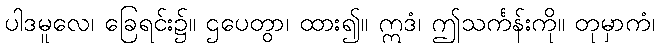
ပါဒမူလေ၊ ခြေရင်း၌။ ဌပေတွာ၊ ထား၍။ ဣဒံ၊ ဤသင်္ကန်းကို။ တုမှာကံ၊